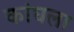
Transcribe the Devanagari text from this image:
कांघला